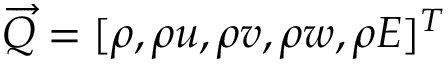
\overrightarrow { Q } = [ \rho , \rho u , \rho v , \rho w , \rho E ] ^ { T }